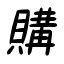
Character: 購